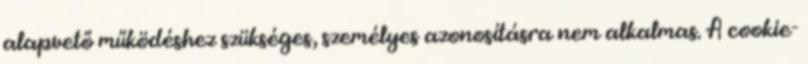
alapvető működéshez szükséges, személyes azonosításra nem alkalmas. A cookie-